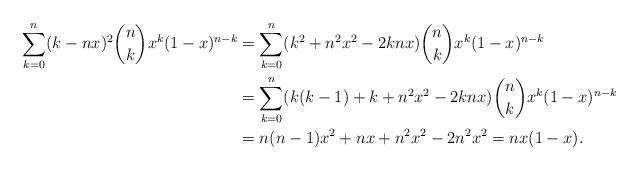
LaTeX: \begin{align*}\sum_{k=0}^n (k - nx)^2 \binom{n}{k} x^k (1 - x)^{n-k} & = \sum_{k=0}^n (k^2 + n^2 x^2 - 2knx) \binom{n}{k} x^k (1 - x)^{n-k} \\& = \sum_{k=0}^n (k(k-1) + k + n^2 x^2 - 2knx) \binom{n}{k} x^k (1 - x)^{n-k} \\& = n(n-1)x^2 + nx + n^2 x^2 - 2n^2x^2 = n x (1-x).\end{align*}